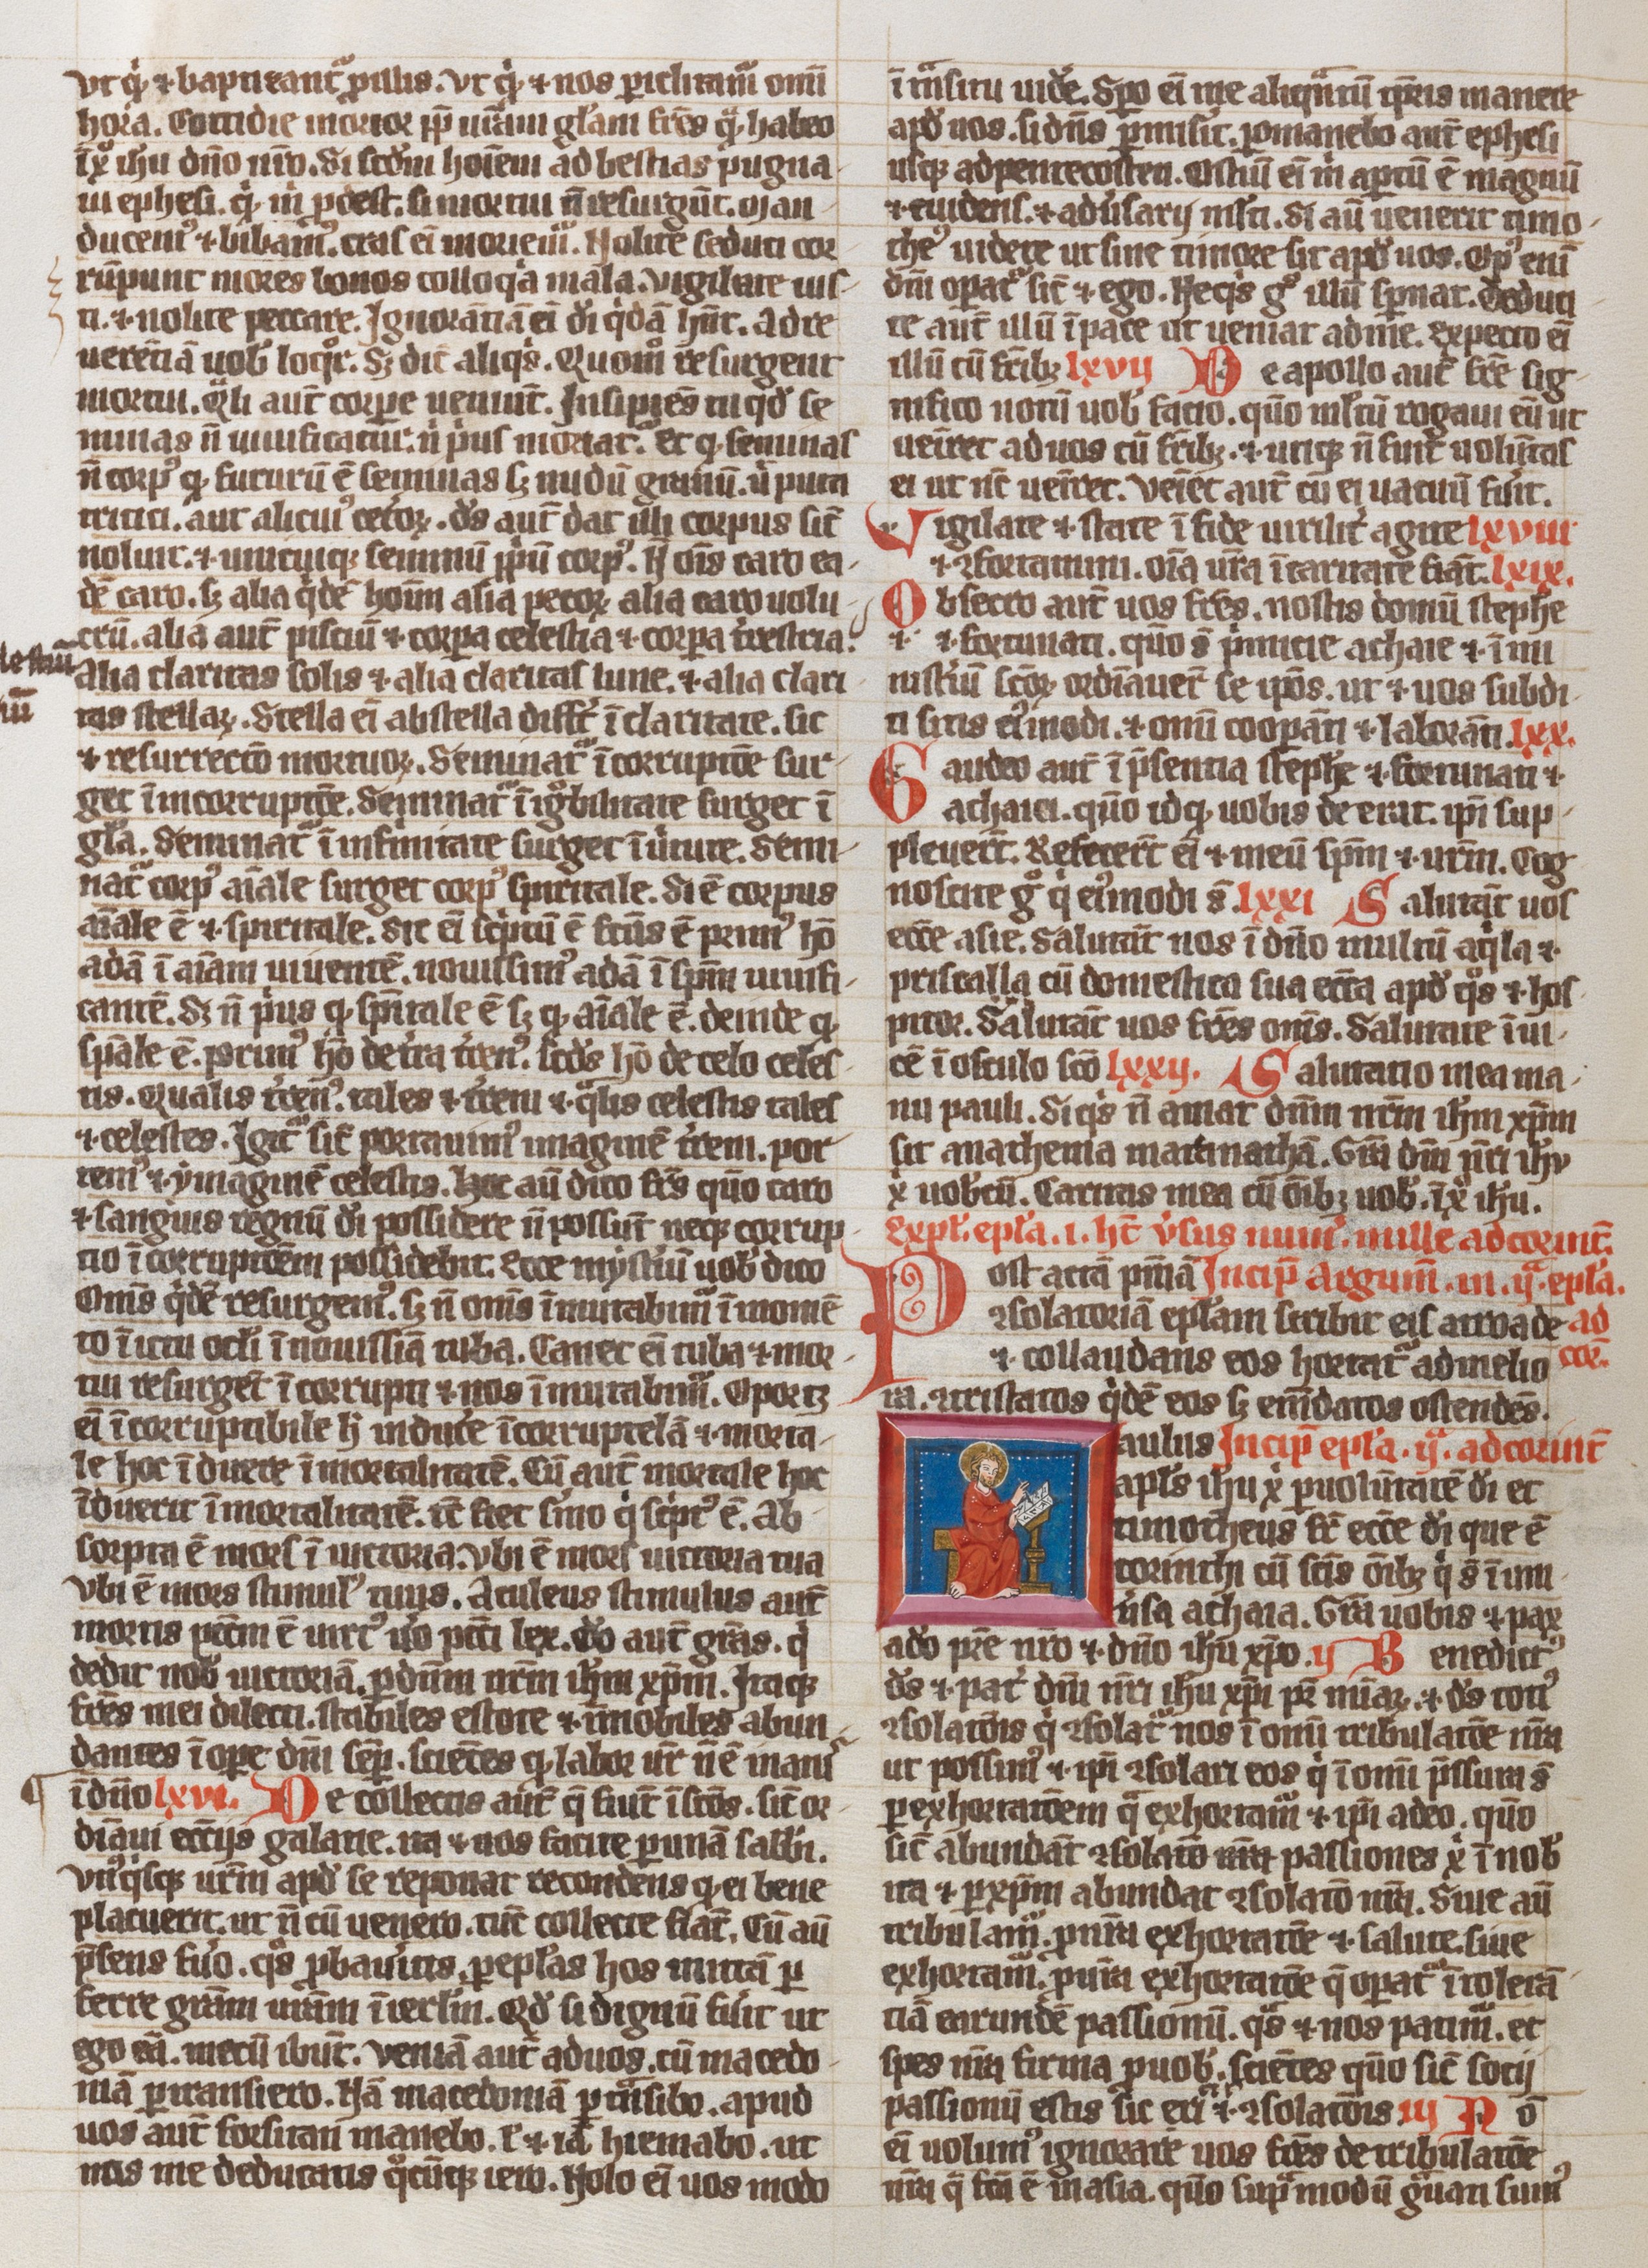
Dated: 1300–1324